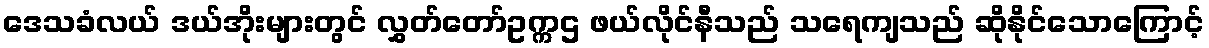
ဒေသခံလယ် ဒယ်အိုးများတွင် လွှတ်တော်ဥက္ကဌ ဖယ်လိုင်နီသည် သရေကျသည် ဆိုနိုင်သောကြောင့်